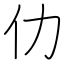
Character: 仂